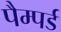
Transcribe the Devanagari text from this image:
पैम्पर्ड